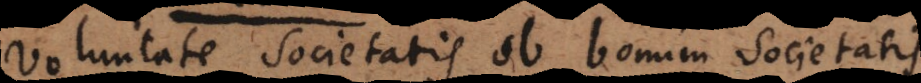
voluntate societatis ob bonum societatis